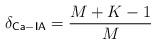
LaTeX: \begin{align*}&\delta_{\mathsf{Ca-IA}} = \frac{M+K-1}{M}\end{align*}